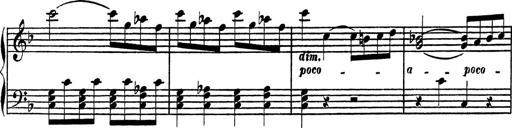
Title: 4 Piano Sonatinas
Composer: Adam Geibel